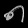
Digit: ၈